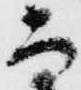
而